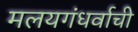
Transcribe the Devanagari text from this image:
मलयगंधर्वाची